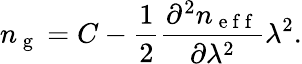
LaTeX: n_{\mathrm{~g~}}=C-\frac{1}{2}\frac{\partial^{2}n_{\mathrm{~e~f~f~}}}{\partial\lambda^{2}}\lambda^{2}.